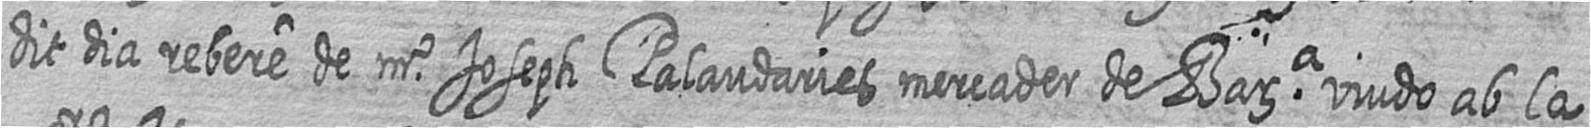
dit dia rebere de mr Joseph Palaudaries mercader de Bara viudo ab la